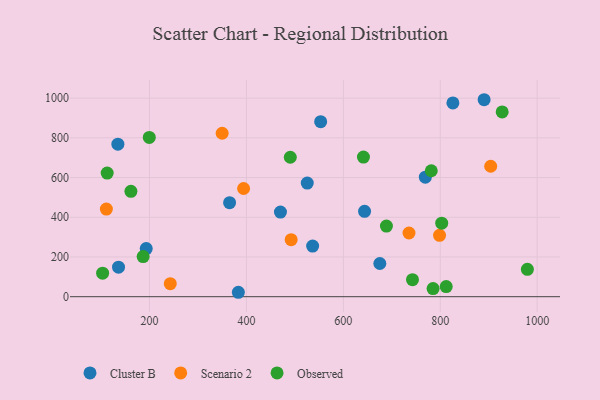
{"axis": {"x": "Investment", "y": "Sales"}, "legend": ["Cluster B", "Observed", "Scenario 2"], "data": [{"x": "890.5", "y": 991.8, "type": "Cluster B"}, {"x": "134.7", "y": 768.0, "type": "Cluster B"}, {"x": "525.5", "y": 571.9, "type": "Cluster B"}, {"x": "383.3", "y": 22.3, "type": "Cluster B"}, {"x": "643.8", "y": 430.1, "type": "Cluster B"}, {"x": "826.1", "y": 975.6, "type": "Cluster B"}, {"x": "136.0", "y": 148.8, "type": "Cluster B"}, {"x": "470.2", "y": 426.3, "type": "Cluster B"}, {"x": "553.2", "y": 881.5, "type": "Cluster B"}, {"x": "769.2", "y": 601.6, "type": "Cluster B"}, {"x": "193.2", "y": 242.3, "type": "Cluster B"}, {"x": "536.6", "y": 254.8, "type": "Cluster B"}, {"x": "675.3", "y": 167.1, "type": "Cluster B"}, {"x": "365.2", "y": 473.3, "type": "Cluster B"}, {"x": "110.9", "y": 441.2, "type": "Scenario 2"}, {"x": "492.3", "y": 287.2, "type": "Scenario 2"}, {"x": "904.1", "y": 656.9, "type": "Scenario 2"}, {"x": "394.1", "y": 544.9, "type": "Scenario 2"}, {"x": "735.5", "y": 320.8, "type": "Scenario 2"}, {"x": "242.8", "y": 65.4, "type": "Scenario 2"}, {"x": "349.9", "y": 823.1, "type": "Scenario 2"}, {"x": "798.5", "y": 309.0, "type": "Scenario 2"}, {"x": "199.5", "y": 802.2, "type": "Observed"}, {"x": "186.8", "y": 202.3, "type": "Observed"}, {"x": "112.6", "y": 622.6, "type": "Observed"}, {"x": "688.9", "y": 355.5, "type": "Observed"}, {"x": "785.2", "y": 40.9, "type": "Observed"}, {"x": "979.8", "y": 137.9, "type": "Observed"}, {"x": "103.2", "y": 118.4, "type": "Observed"}, {"x": "742.7", "y": 85.8, "type": "Observed"}, {"x": "812.3", "y": 50.9, "type": "Observed"}, {"x": "490.5", "y": 702.1, "type": "Observed"}, {"x": "927.8", "y": 930.3, "type": "Observed"}, {"x": "641.5", "y": 703.0, "type": "Observed"}, {"x": "803.0", "y": 370.1, "type": "Observed"}, {"x": "161.6", "y": 530.8, "type": "Observed"}, {"x": "781.5", "y": 634.2, "type": "Observed"}]}